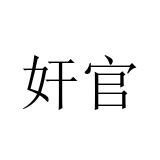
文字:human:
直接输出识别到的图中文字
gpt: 奸官